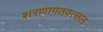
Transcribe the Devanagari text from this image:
शरणागतवत्सल